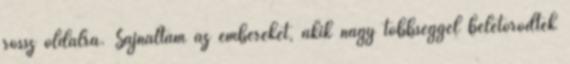
rossz oldalra. Sajnáltam az embereket, akik nagy többséggel beletörődtek